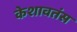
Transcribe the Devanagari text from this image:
केशावतंस